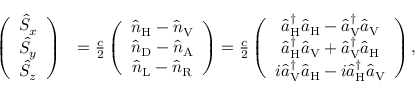
\begin{array} { r l } { \left( \begin{array} { c } { \hat { S } _ { x } } \\ { \hat { S } _ { y } } \\ { \hat { S } _ { z } } \end{array} \right) } & { = \frac { c } { 2 } \left( \begin{array} { c } { \hat { n } _ { \mathrm { H } } - \hat { n } _ { \mathrm { V } } } \\ { \hat { n } _ { \mathrm { D } } - \hat { n } _ { \mathrm { A } } } \\ { \hat { n } _ { \mathrm { L } } - \hat { n } _ { \mathrm { R } } } \end{array} \right) = \frac { c } { 2 } \left( \begin{array} { c } { \hat { a } _ { \mathrm { H } } ^ { \dagger } \hat { a } _ { \mathrm { H } } - \hat { a } _ { \mathrm { V } } ^ { \dagger } \hat { a } _ { \mathrm { V } } } \\ { \hat { a } _ { \mathrm { H } } ^ { \dagger } \hat { a } _ { \mathrm { V } } + \hat { a } _ { \mathrm { V } } ^ { \dagger } \hat { a } _ { \mathrm { H } } } \\ { i \hat { a } _ { \mathrm { V } } ^ { \dagger } \hat { a } _ { \mathrm { H } } - i \hat { a } _ { \mathrm { H } } ^ { \dagger } \hat { a } _ { \mathrm { V } } } \end{array} \right) , } \end{array}